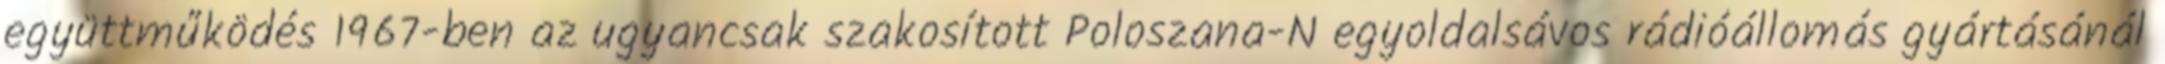
együttműködés 1967-ben az ugyancsak szakosított Poloszana-N egyoldalsávos rádióállomás gyártásánál